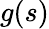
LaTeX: g(s)